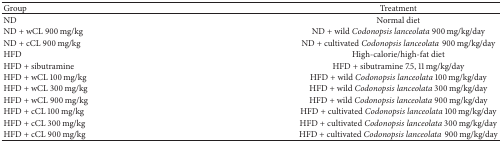
| Group | Treatment |
 | --- | --- |
 | ND | Normal diet |
 | ND + wCL 900 mg/kg | ND + wild Codonopsis lanceolata 900 mg/kg/day |
 | ND + cCL 900 mg/kg | ND + cultivated Codonopsis lanceolata900 mg/kg/day |
 | HFD | High-calorie/high-fat diet |
 | HFD + sibutramine | HFD + sibutramine 7.5, 11 mg/kg/day |
 | HFD + wCL 100 mg/kg | HFD + wild Codonopsis lanceolata 100 mg/kg/day |
 | HFD + wCL 300 mg/kg | HFD + wild Codonopsis lanceolata 300 mg/kg/day |
 | HFD + wCL 900 mg/kg | HFD + wild Codonopsis lanceolata 900 mg/kg/day |
 | HFD + cCL 100 mg/kg | HFD + cultivated Codonopsis lanceolata 100 mg/kg/day |
 | HFD + cCL 300 mg/kg | HFD + cultivated Codonopsis lanceolata 300 mg/kg/day |
 | HFD + cCL 900 mg/kg | HFD + cultivated Codonopsis lanceolata900 mg/kg/day |